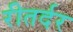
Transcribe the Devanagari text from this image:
रीतर्दर